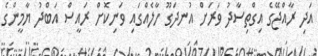
އަދި ރާއްޖޭގެ އިގްތިސާދު ވަރަށް އުނދަގޫ ހާލެއްގައި ވަނިކޮށް ރައީސް އަބްދު ޔާމީންގެ